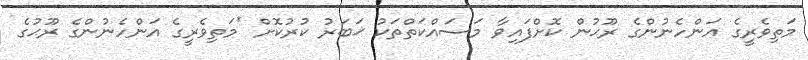
މަތިވެރީގެ އަންހެނުންގެ ރޫޙުން ކޮށްފައިވާ މަސައްކަތްތަކު ޚަބަރު ކުރުކޮށް *މަތިވެރީގެ އަންހެނުންގެ ރޫޙުގެ